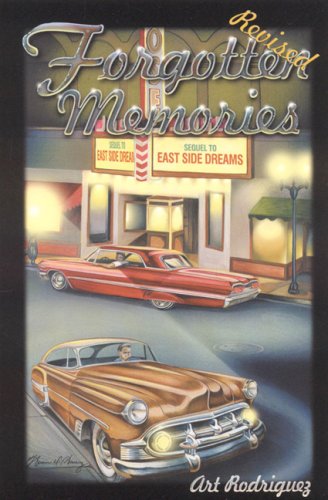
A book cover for Forgotten Memories, Revised Ed; Art Rodriguez; Biographies & Memoirs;